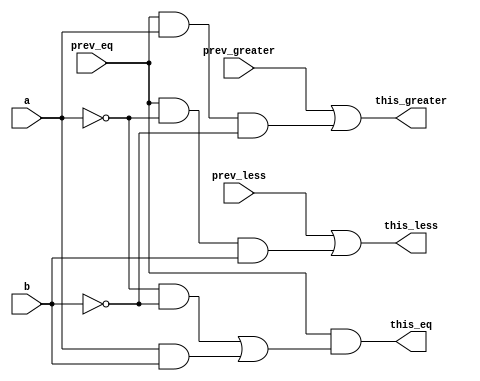
`timescale 1ns / 1ps
//////////////////////////////////////////////////////////////////////////////////
// Company: 
// Engineer: 
// 
// Design Name: 
// Module Name:    one_bit_comparator 
// Project Name: 
// Target Devices: 
// Tool versions: 
// Description: 
//
// Dependencies: 
//
// Revision: 
// Revision 0.01 - File Created
// Additional Comments: Authored by Mainak Chaudhuri
//
//////////////////////////////////////////////////////////////////////////////////
module one_bit_comparator(prev_less, prev_greater, prev_eq, a, b,
                          this_less, this_greater, this_eq);

	input prev_less, prev_greater, prev_eq, a, b;
	output this_less, this_greater, this_eq;
	wire this_less, this_greater, this_eq;
	
	assign this_less = prev_less | (prev_eq & ~a & b);
	assign this_greater = prev_greater | (prev_eq & a & ~b);
	assign this_eq = prev_eq & ((~a & ~b) | (a & b));

endmodule